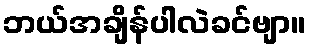
ဘယ်အချိန်ပါလဲခင်ဗျာ။